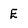
Character: E